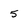
Character: 5